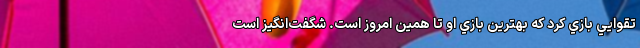
تقوايي بازي کرد که بهترين بازي او تا همين امروز است. شگفت‌انگيز است